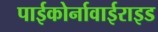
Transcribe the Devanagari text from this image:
पाईकोर्नावाईराइड